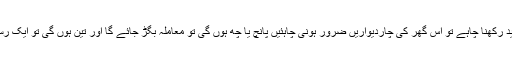
اگر مرد اپنی عورت کو گھر میں قید رکھنا چاہے تو اس گھر کی چاردیواریں ضرور ہونی چاہئیں پانچ یا چھ ہوں گی تو معاملہ بگڑ جائے گا اور تین ہوں گی تو ایک رستہ بھاگنے کے لئے کھلا رہے گا۔